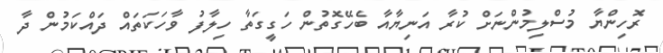
ރޮހިންޔާ މުސްލިމުންނަށް ކުރާ އަނިޔާއާ ބެހޭގޮތުން ހަގީގަތާ ހިލާފު ވާހަކަތައް ދައްކަމުން ދާ